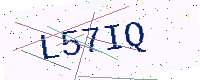
Text: L57IQ